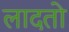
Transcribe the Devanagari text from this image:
लादतो